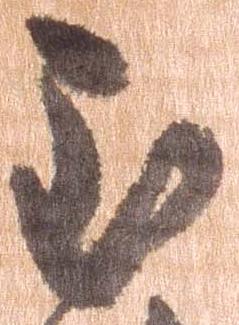
至